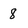
Character: 8